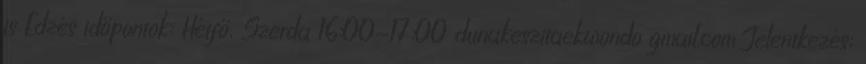
is Edzés időpontok: Hétfő, Szerda 16:00-17:00 dunakeszitaekwondo gmail.com Jelentkezés: